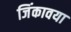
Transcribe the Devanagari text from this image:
जिंकावया